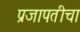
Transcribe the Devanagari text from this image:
प्रजापतीचा